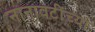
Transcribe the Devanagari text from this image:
नानावटींच्या